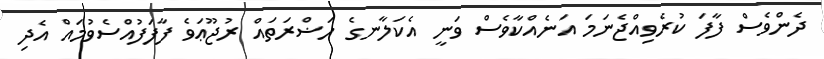
ދެންވެސް ފާފަ ކުރެވިއްޖެނަމަ އަނެއްކާވެސް ވަނީ އެކަލާނގެ ހަޟްރަތައް ރުޖޫޢަވެ ފާފަފުއްސެވުމައް އެދި